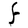
Character: F